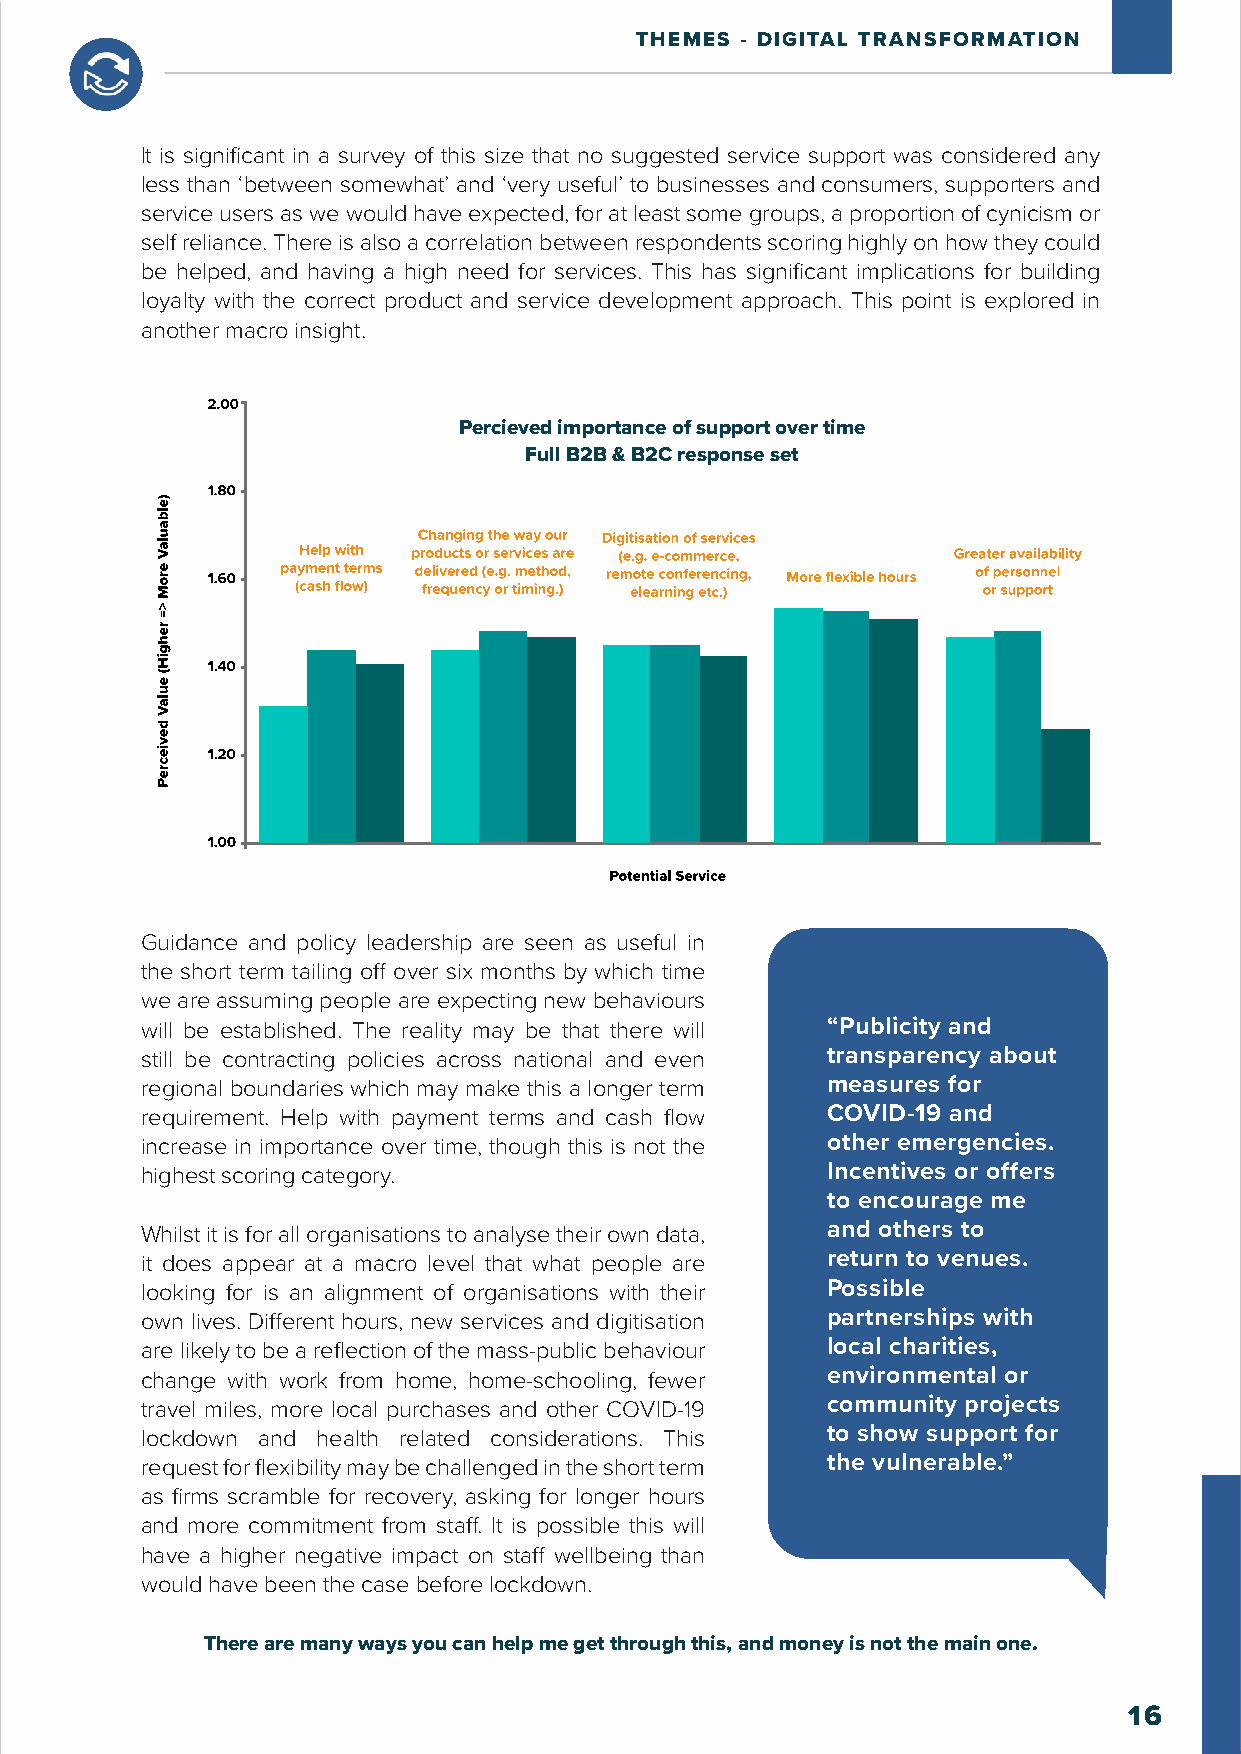
THEMES - DIGITAL TRANSFORMATION
 It is significant in a survey of this size that no suggested service support was considered any
 less than ‘between somewhat’ and ‘very useful’ to businesses and consumers, supporters and
 service users as we would have expected, for at least some groups, a proportion of cynicism or
 self reliance. There is also a correlation between respondents scoring highly on how they could
 be helped, and having a high need for services. This has significant implications for building
 loyalty with the correct product and service development approach. This point is explored in
 another macro insight.
 Percieved importance of support over time
 Full B2B & B2C response set
 Guidance and policy leadership are seen as useful in
 the short term tailing off over six months by which time
 we are assuming people are expecting new behaviours
 will be established. The reality may be that there will “Publicity and
 still be contracting policies across national and even transparency about
 regional boundaries which may make this a longer term measures for
 requirement. Help with payment terms and cash flow COVID-19 and
 increase in importance over time, though this is not the other emergencies.
 highest scoring category.                     Incentives or offers
 to encourage me
 Whilst it is for all organisations to analyse their own data, and others to
 it does appear at a macro level that what people are return to venues.
 looking for is an alignment of organisations with their Possible
 own lives. Different hours, new services and digitisation partnerships with
 are likely to be a reflection of the mass-public behaviour local charities,
 change with work from home, home-schooling, fewer environmental or
 travel miles, more local purchases and other COVID-19 community projects
 lockdown and health related considerations. This to show support for
 request for flexibility may be challenged in the short term the vulnerable.”
 as firms scramble for recovery, asking for longer hours
 and more commitment from staff. It is possible this will
 have a higher negative impact on staff wellbeing than
 would have been the case before lockdown.
 There are many ways you can help me get through this, and money is not the main one.
 16